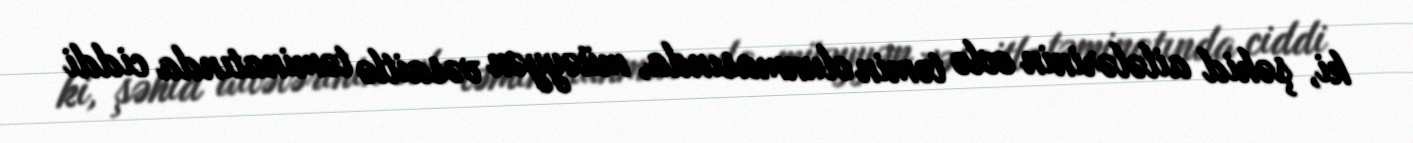
ki, şəhid ailələrinin evlə təmin olunmasında, müəyyən vəsaitlə təminatında ciddi